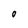
Character: O